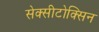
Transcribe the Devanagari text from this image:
सेक्सीटोक्सिन